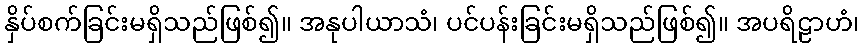
နှိပ်စက်ခြင်းမရှိသည်ဖြစ်၍။ အနုပါယာသံ၊ ပင်ပန်းခြင်းမရှိသည်ဖြစ်၍။ အပရိဠာဟံ၊